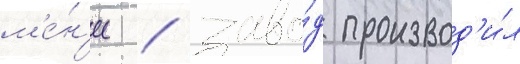
м'е́н'ее / заво́д производ'и́л